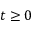
t \geq 0